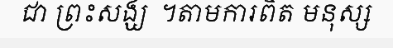
ជា ព្រះសង្ឃ  ។តាមការពិត មនុស្ស